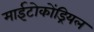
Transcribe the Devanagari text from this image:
माईटोकोंड्रियल